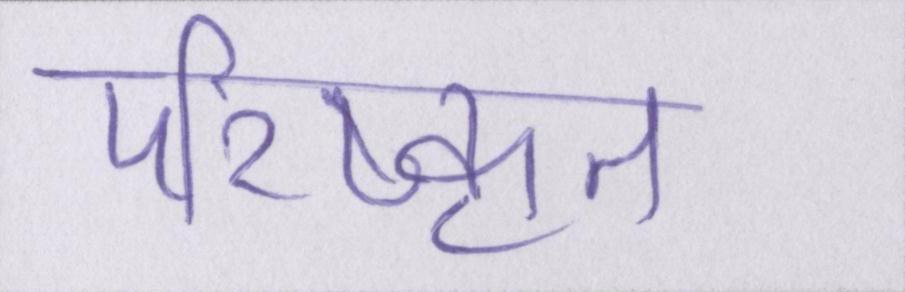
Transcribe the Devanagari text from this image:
परिष्कृत